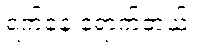
ရက်နေ့ ရောက်တယ်။